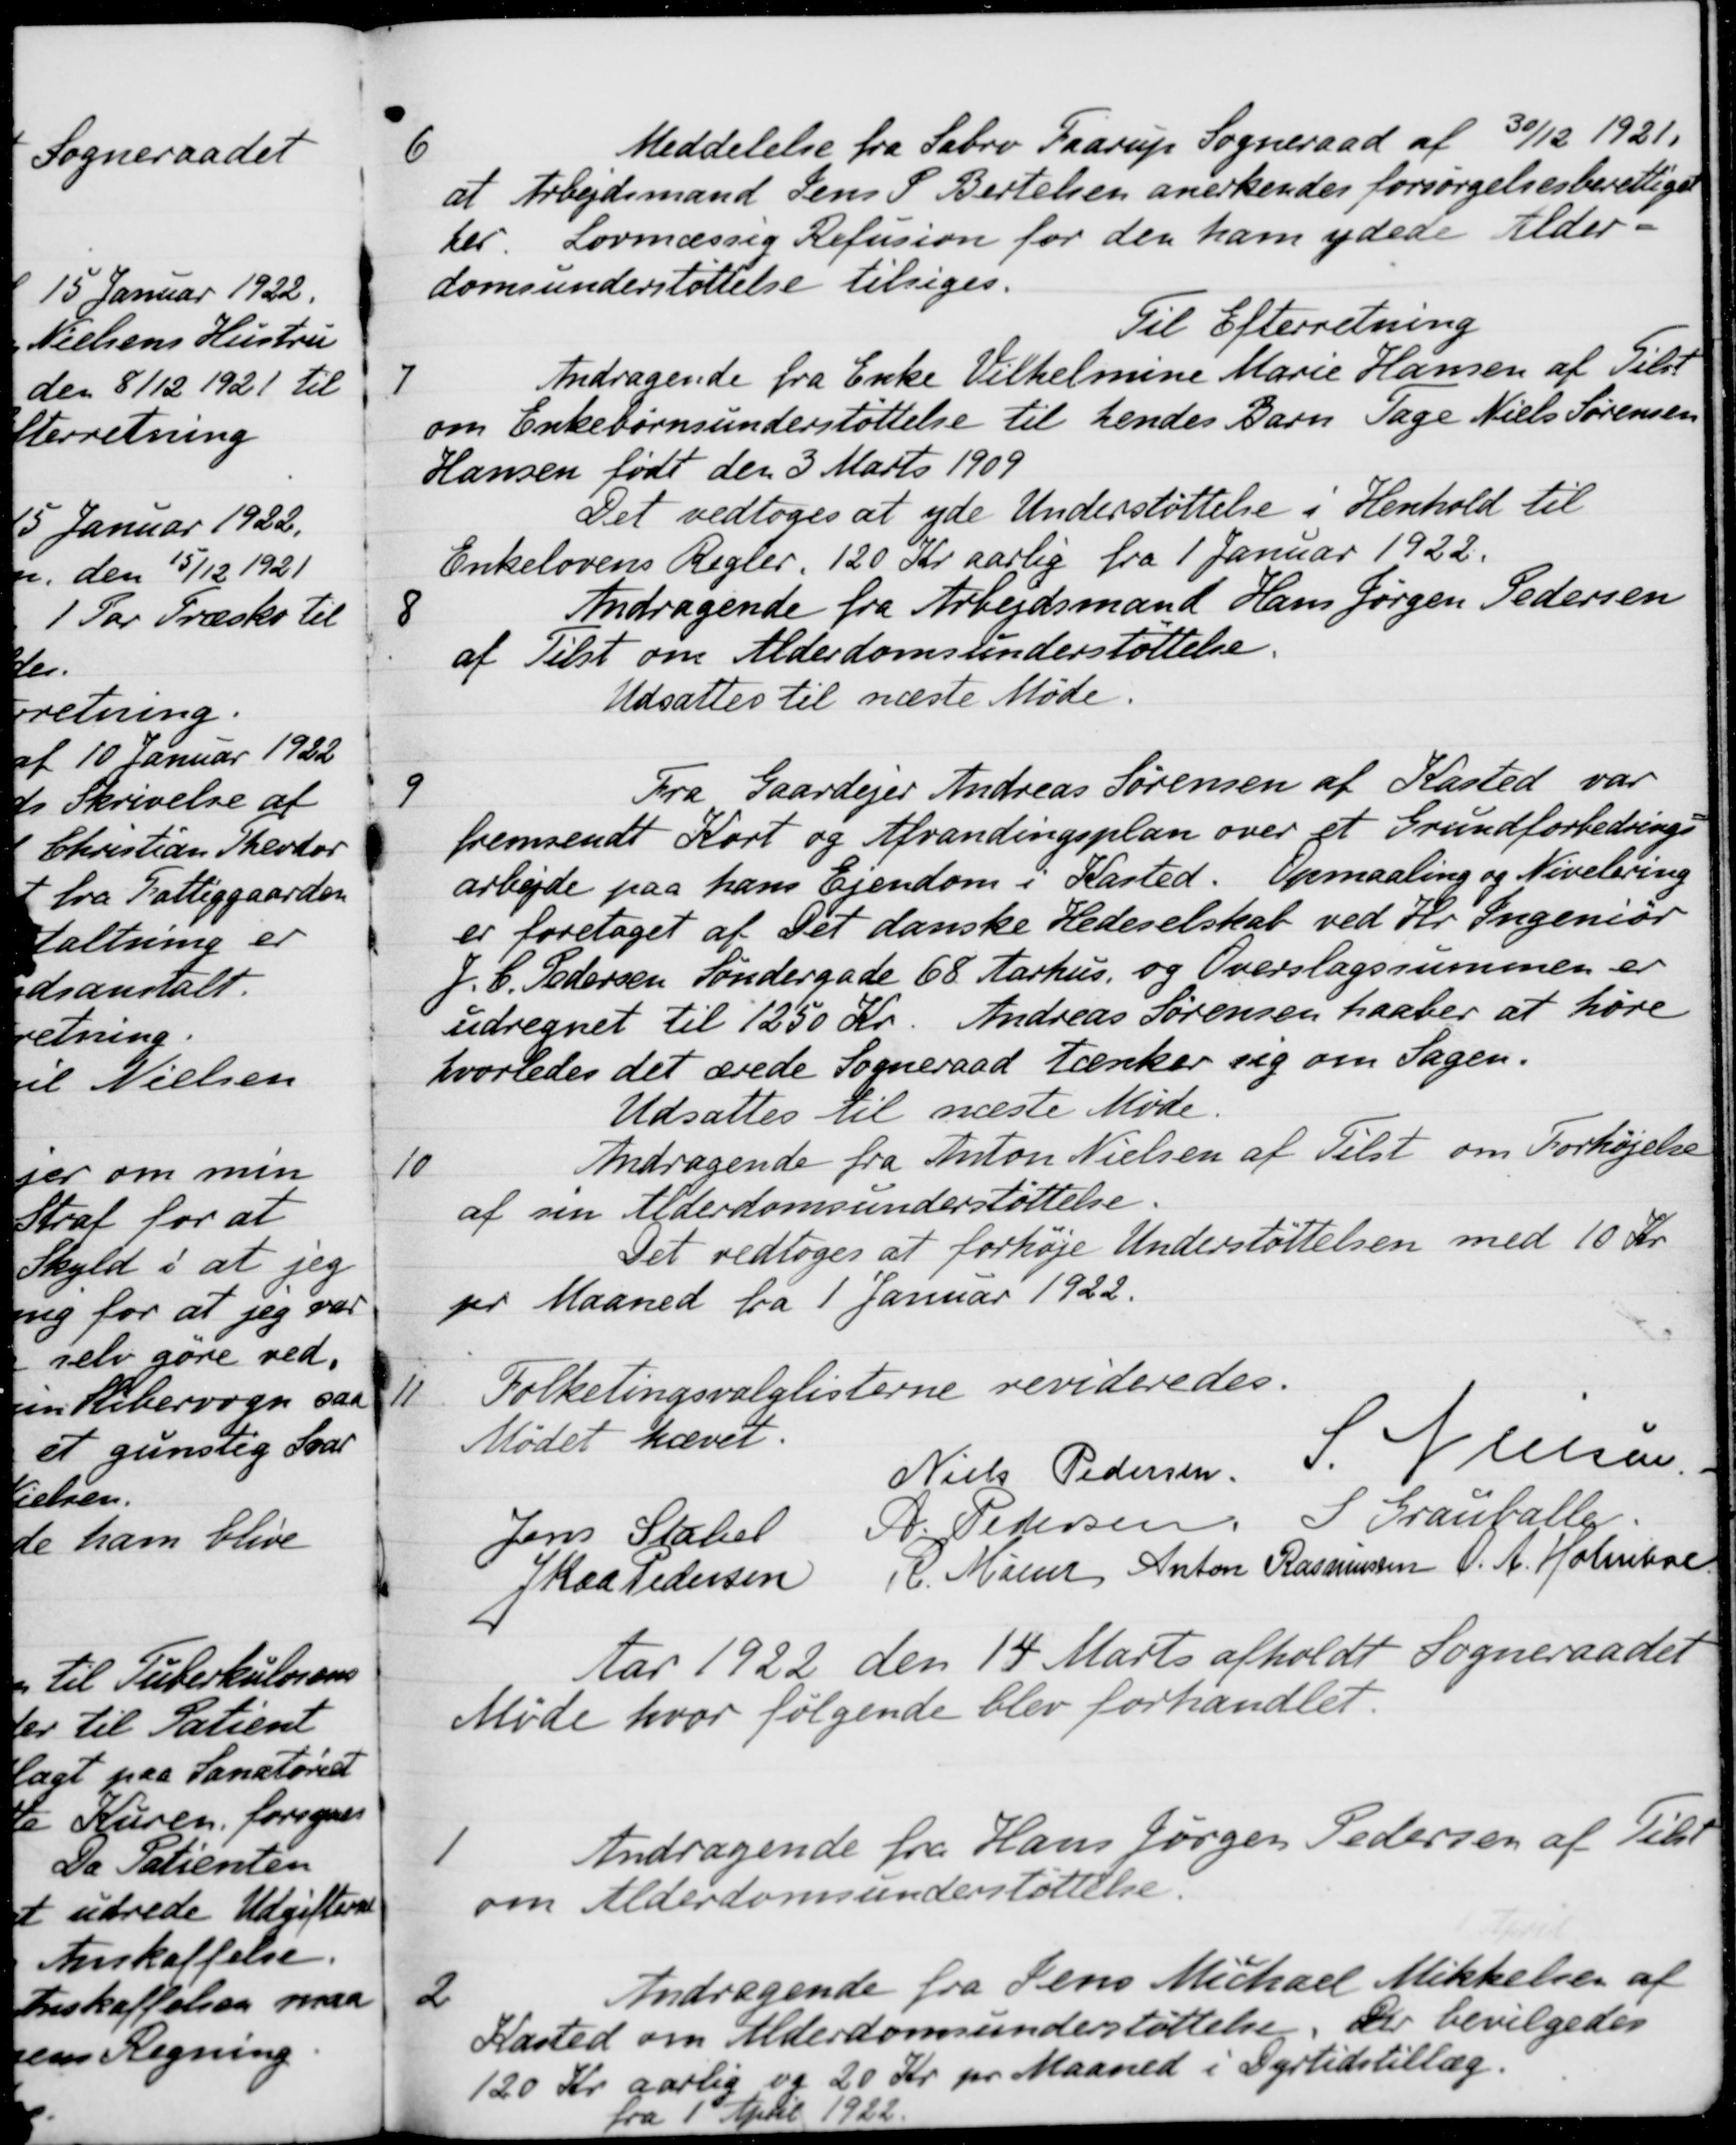
Transskription:
6
Meddelelse fra Sabro Faarup Sogneraad af 30/12 1921.
at Arbejdsmand Jens S. Bertelsen anerkendes forsørgelsesberettiget
her. Lovmæssig Refusion for den ham ydede Alder-
domsunderstøttelse tilsiges.
Til Efterretning
7
Andragende fra Enke Vilhelmine Marie Hansen af Tilst
om Enkebørnsunderstøttelse til hendes Barn Tage Niels Sørensen
Hansen født den 3 Marts 1909
Det vedtoges at yde Understøttelse i Henhold til
Enkelovens Regler. 120 Kr aarlig fra 1 Januar 1922.
8
Andragende fra Arbejdsmand Hans Jørgen Pedersen
af Tilst om Alderdomsunderstøttelse.
Udsattes til næste Møde.
9
Fra Gaardejer Andreas Sørensen af Kasted var
fremsendt Kort og Afvandingsplan over et Grundforbedrings-
arbejde paa hans Ejendom i Kasted. Opmaaling og Nivelering
er foretaget af Det danske Hedeselskab ved Hr. Ingeniør
J. C. Pedersen Søndergade 68 Aarhus, og Overslagssummen er
udregnet til 1250 Kr. Andreas Sørensen haaber at høre
hvorledes det ærede Sogneraad tænker sig om Sagen.
Udsattes til næste Møde.
10
Andragende fra Anton Nielsen af Tilst om Forhøjelse
af sin Alderdomsunderstøttelse.
Det vedtoges at forhøje Understøttelsen med 10 Kr.
pr Maaned fra 1 Januar 1922.
11
Folketingsvalglisterne revideredes.
Mødet hævet.
Niels Pedersen
S. Nielsen.
Jens Stabel
A. Pedersen,
S. Grauballe.
J Kaa Pedersen
R. Mainz
Anton Rasmussen
O. A. Holmboe
Aar 1922 den 14 Marts afholdt Sogneraadet
Møde hvor følgende blev forhandlet.
1
Andragende fra Hans Jørgen Pedersen af Tilst
om Alderdomsunderstøttelse.
2
Andragende fra Jens Michael Mikkelsen af
Kasted om Alderdomsunderstøttelse, der bevilgedes
120 Kr aarlig
fra 1 April 1922.
og 20 Kr. pr. Maaned i Dyrtidstillæg.